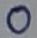
Text: 0